Vaccination in the Punjab 1905-1918 - 1905-1918
Year: 1905
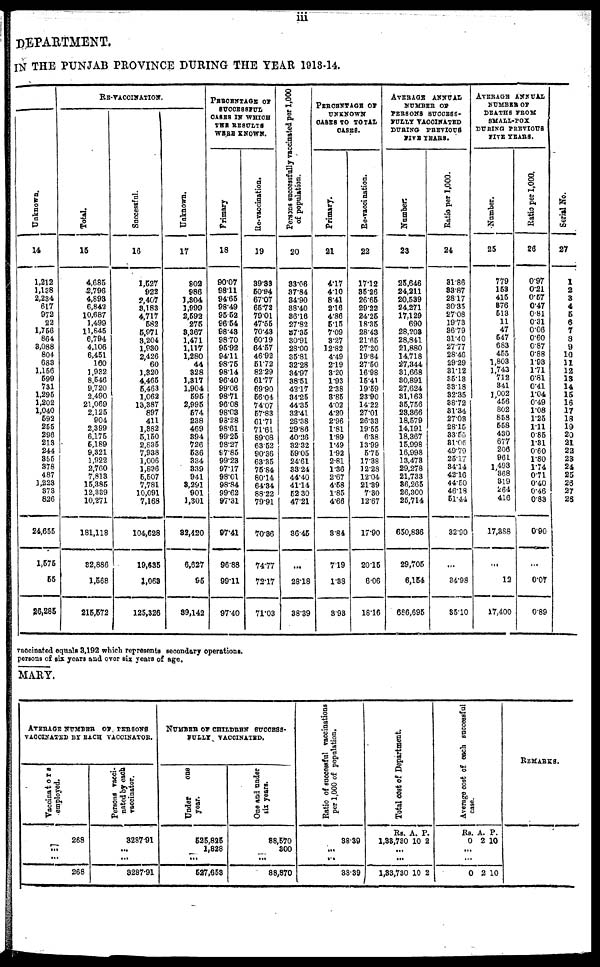
iii
DEPARTMENT.
IN THE PUNJAB PROVINCE DURING THE YEAR 1913-14.
Unknown.
14
1,212
1,138
2,234
617
972
22
1,756
864
3,088
804
683
1,156
599
731
1,295
1,202
1,040
592
255
296
213
244
355
378
487
1,223
373
826
24,655
1,575
55
26,285
RE-VACCINATION.
Total.
15
4,685
2,796
4,893
6,842
10,687
1,499
11,845
6,794
4,106
6,451
160
1,932
8,546
9,720
2,490
21,069
2,125
904
2,399
6,175
5,189
9,321
1,922
2,760
7,813
15,385
12,339
10,271
181,118
32,886
1,568
215,572
Successful.
16
1,527
922
2,407
3,183
4,717
582
5,971
3,204
1,980
2,426
60
1,320
4,465
5,463
1,062
13,387
897
411
1,382
5,150
2,835
7,938
1,006
1,836
5,507
7,781
10,091
7,168
104,628
19,635
1,063
125,326
Unknown.
17
802
986
1,304
1,999
2,592
275
3,367
1,471
1,117
1,280
44
328
1,317
1,904
595
2,995
574
238
469
394
726
536
334
339
941
3,291
901
1,301
82,420
6,627
95
39,142
PERCENTAGE OF
SUCCESSFUL
CASES IN WHICH
THE RESULTS
WERE KNOWN.
Primary
18
90.07
98.11
94.65
98.49
95.52
96.54
98.43
98.70
95.92
94.11
98.75
98.14
96.40
99.06
98.71
96.08
98.03
98.28
98.61
99.25
98.27
97.85
99.23
97.17
98.01
98.84
99.62
97.31
97.41
96.88
99.11
97.40
Re-vaccination.
19
39.33
50.94
67.07
65.72
79.01
47.55
70.43
60.19
64.57
46.92
51.72
82.29
61.77
69.90
56.04
74.07
57.83
61.71
71.61
89.08
63.52
90.36
63.35
75.84
80.14
64.34
88.22
79.91
70.36
74.77
72.17
71.03
Persons successfully vaccinated per 1,000
of population.
20
33.06
37.84
34.90
38.40
36.16
27.82
57.35
30.91
28.00
35.81
32.28
34.97
38.51
42.17
34.25
44.35
32.41
28.38
29.86
40.26
82.32
59.05
24.61
33.24
44.40
41.14
52.30
47.21
36.45
...
28.18
38.39
PERCENTAGE OF
UNKNOWN
CASES TO TOTAL
CASES.
Primary.
21
4.17
4.10
8.41
2.16
4.86
5.15
7.09
3.27
12.82
4.49
2.19
8.20
1.93
2.38
3.85
4.02
4.20
2.96
1.81
1.89
1.49
1.92
2.81
1.36
2.67
4.58
1.85
4.66
3.84
7.19
1.88
3.98
Re-vaccination.
22
17.12
35.26
26.66
29.22
24.25
18.35
28.43
21.65
27.20
19.84
27.50
16.98
15.41
19.59
23.90
14.22
27.01
26.33
19.55
6.38
13.99
5.75
17.38
12.28
12.04
21.39
7.30
12.67
17.90
20.15
6.06
18.16
AVERAGE ANNUAL
NUMBER OF
PERSONS SUCCESS-
FULLY VACCINATED
DURING
PREVIOUS
FIVE YEARS.
Number.
23
25,646
24,211
20,539
24,271
17,129
690
28,203
28,841
21,880
14,718
27,344
31,668
30,891
27,624
31,163
35,756
23,366
18,579
14,191
18,367
15,998
16,998
13,478
29,278
21,733
36,265
26,300
25,714
650,836
29,705
6,154
686,695
Ratio per 1,000.
24
31.86
33.87
28.17
30.35
27.08
19.73
36.79
31.40
27.77
28.46
29.29
31.12
35.13
33.18
32.35
38.72
31.34
27.03
28.15
33.55
81.05
49.79
25.17
34.14
42.16
44.50
46.18
51.44
32.90
...
34.98
35.10
AVERAGE ANNUAL
NUMBER OF
DEATHS FROM
SMALL-POX
DURING PREVIOUS
FIVE YEARS.
Number.
25
779
153
415
376
513
11
47
547
683
455
1,803
1,743
712
341
1,002
456
802
858
558
430
677
206
961
1,493
368
819
264
416
17,388
...
12
17,400
Ratio per 1,000.
26
0.97
0.21
0.57
0.47
0.81
0.31
0.06
0.60
0.87
0.88
1.93
1.71
0.81
0.41
1.04
0.49
1.08
1.25
1.11
0.85
1.31
0.60
1.80
1.74
0.71
0.40
0.46
0.83
0.90
...
0.07
0.89
Serial No.
27
1
2
3
4
5
6
7
8
9
10
11
12
13
14
15
16
17
18
19
20
21
22
23
24
25
26
27
28
vaccinated equals 3,192 which represents secondary operations.
persons of six years and over six years of age.
MARY.
AVERAGE NUMBER
OF PERSONS
VACCINATED BY EACH VACCINATOR.
Vaccinators
employed.
268
...
...
268
Persons vacci-
nated by each
vaccinator.
3287.91
...
...
8287.91
NUMBER OF CHILDREN SUCCESS-
FULLY VACCINATED.
Under
one
year.
525,825
1,828
...
527,653
One and under
six years.
88,570
300
...
88,870
Ratio of successful vaccinations
per 1,000 of population.
38.39
...
...
38.39
Total cost of Department.
Rs.
1,38,730
...
...
1,38,730
A.
10
10
P.
2
2
Average cost of each successful
case.
Rs.
0
...
...
0
A.
2
2
P.
10
10
REMARKS.